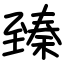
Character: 臻